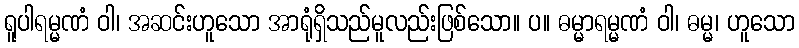
ရူပါရမ္မဏံ ဝါ၊ အဆင်းဟူသော အာရုံရှိသည်မူလည်းဖြစ်သော။ ပ။ ဓမ္မာရမ္မဏံ ဝါ၊ ဓမ္မ၊ ဟူသော